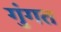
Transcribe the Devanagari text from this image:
गुंगत